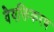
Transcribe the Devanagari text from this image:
वैयक्तिकरण